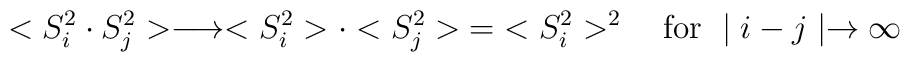
<S_i^2 \cdot S^2_j> \longrightarrow <S^2_i>\cdot <S_j^2>\; =\;<S_i^2>^2\quad \mbox{for } \mid i-j\mid \rightarrow \infty